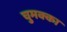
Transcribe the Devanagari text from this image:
चुमक्का